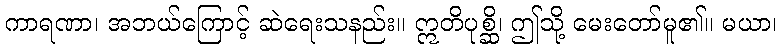
ကာရဏာ၊ အဘယ်ကြောင့် ဆဲရေးသနည်း။ ဣတိပုစ္ဆိ၊ ဤသို့ မေးတော်မူ၏။ မယာ၊